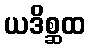
ယဒိစ္ဆထ